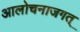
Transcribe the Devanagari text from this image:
आलोचनाजगत्